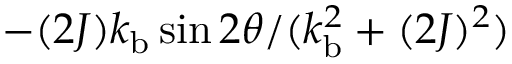
- { ( 2 J ) k _ { \mathrm { b } } \sin 2 \theta } / ( { k _ { \mathrm { b } } ^ { 2 } + ( 2 J ) ^ { 2 } } )